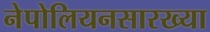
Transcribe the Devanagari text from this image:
नेपोलियनसारख्या